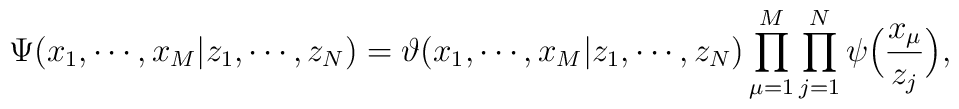
\Psi (x_1 , \cdots , x_M | z_1 , \cdots , z_N )=\vartheta (x_1 , \cdots , x_M | z_1 , \cdots , z_N )\prod_{\mu =1}^{M}\prod_{j=1}^{N} \psi \Bigl(\frac{x_{\mu }}{z_j }\Bigr),